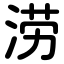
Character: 涝